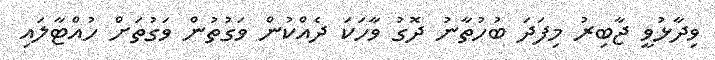
ވިދާޅުވީ ޖާބިރު މިފަދަ ބުހުތާނު ދޮގު ވާހަކަ ދެއްކުން ވަގުތުން ވަގުތަށް ހުއްޓާލައި